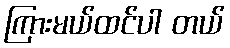
ကြားမယ်ထင်ပါ တယ်